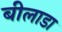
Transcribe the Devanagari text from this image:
बीलाडा